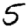
Digit: 5